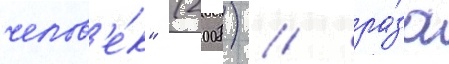
челов'е́к" (2008) / ра́за